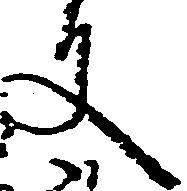
文